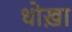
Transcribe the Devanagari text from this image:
धोख़ा